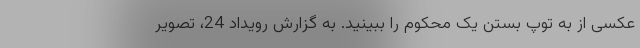
عکسی از به توپ بستن یک محکوم را ببینید. به گزارش رویداد 24، تصویر